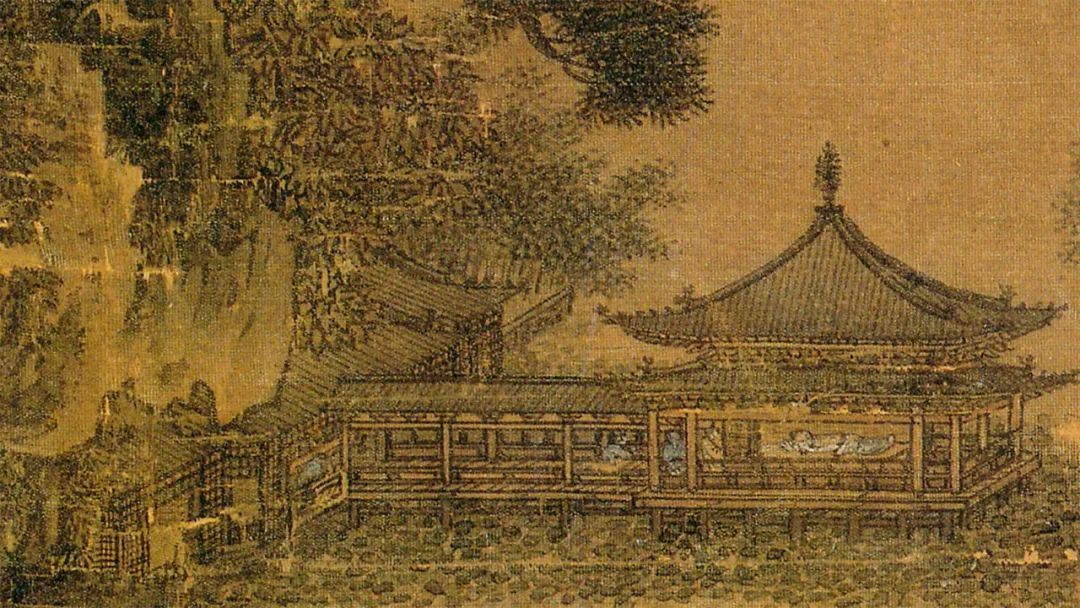
水榭风微玉枕凉。牙床角簟藕花香。